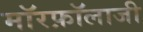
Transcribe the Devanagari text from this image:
मॉरफ़ॉलाजी